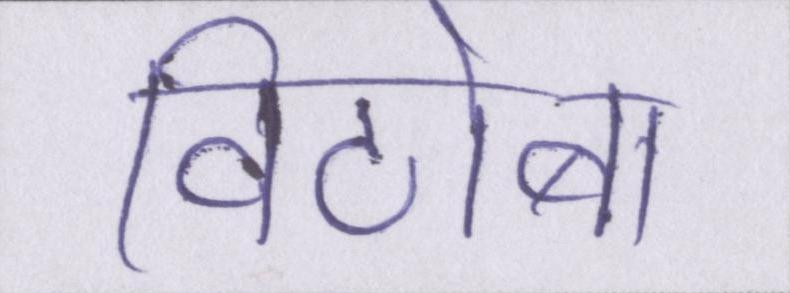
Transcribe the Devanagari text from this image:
विठोबा